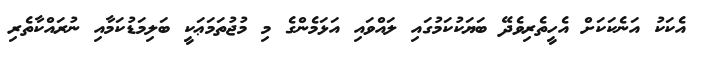
އެކަކު އަނެކަކަށް އެހީތެރިވެދޭ ބަޔަކުކަމުގައި ލައްވައި އަޅަމެންގެ މި މުޖުތަމަޢަކީ ބަލިމަޑުކަމާއި ނުރައްކާތެރި